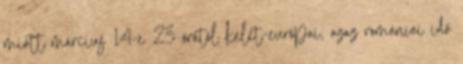
miatt március 14-e 23 órától kelet-európai, azaz romániai idő